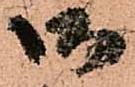
御